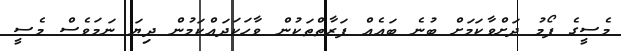
މެސީގެ ފޯމު ދަށްވާކަމަށް ބުނެ ބައެއް ފަރާތްތަކުން ވާހަކަދައްކަމުން ދިޔަ ނަމަވެސް މެސީ